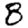
Digit: 8